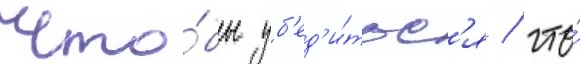
Что́бы уб'ед'и́тьс'я / что́